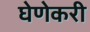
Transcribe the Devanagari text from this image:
घेणेकरी